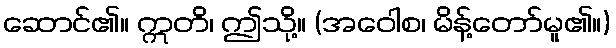
ဆောင်၏။ ဣတိ၊ ဤသို့။ (အဝေါစ၊ မိန့်တော်မူ၏။)